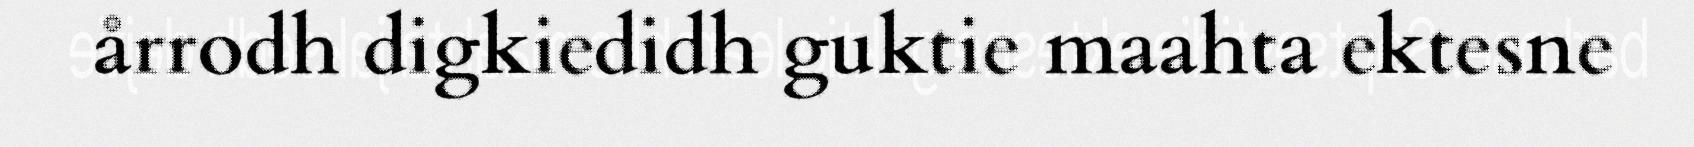
årrodh digkiedidh guktie maahta ektesne